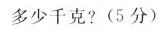
多少千克?(5分)